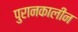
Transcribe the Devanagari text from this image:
पुरानकालीन